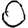
Digit: 0